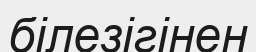
білезігінен